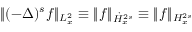
\lVert ( - \Delta ) ^ { s } f \rVert _ { L _ { x } ^ { 2 } } \equiv \lVert f \rVert _ { \Dot { H } _ { x } ^ { 2 s } } \equiv \lVert f \rVert _ { H _ { x } ^ { 2 s } }